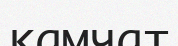
камчат